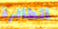
الطائرة